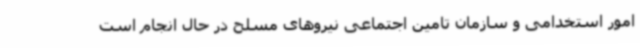
امور استخدامی و سازمان تامین اجتماعی نیروهای مسلح در حال انجام است